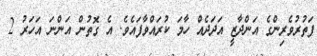
ފަތުރުވެރިންގެ އަންދާޒީ އަދަދެއް ހާމަ ކުރައްވާފައެވެ. އެ ގޮތުން އަންނަ އަހަރު 2